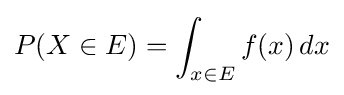
P(X\in E)=\int _{x\in E}f(x)\,dx